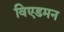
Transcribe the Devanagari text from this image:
विएडमन